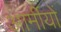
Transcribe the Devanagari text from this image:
आर्मीयों